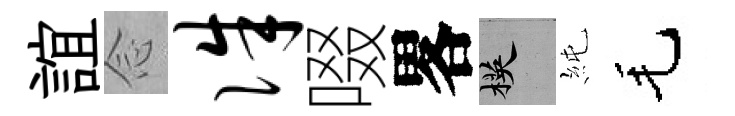
誼𫝹侏啜畧楧純毛